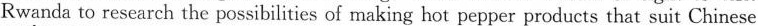
Rwanda to research the possibilities of making hot pepper products that suit Chinese